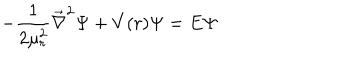
- { \frac { 1 } { 2 \mu _ { r } ^ { 2 } } } { \vec { \nabla } } ^ { 2 } \Psi + V ( r ) \Psi = E \Psi \